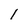
Character: l